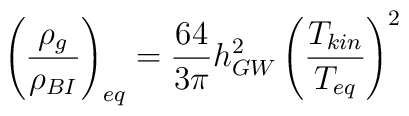
\left({\rho_g \over \rho_{BI}} \right)_{eq}={64 \over {3 \pi}} h_{GW}^2 \left({T_{kin} \over T_{eq}} \right)^2